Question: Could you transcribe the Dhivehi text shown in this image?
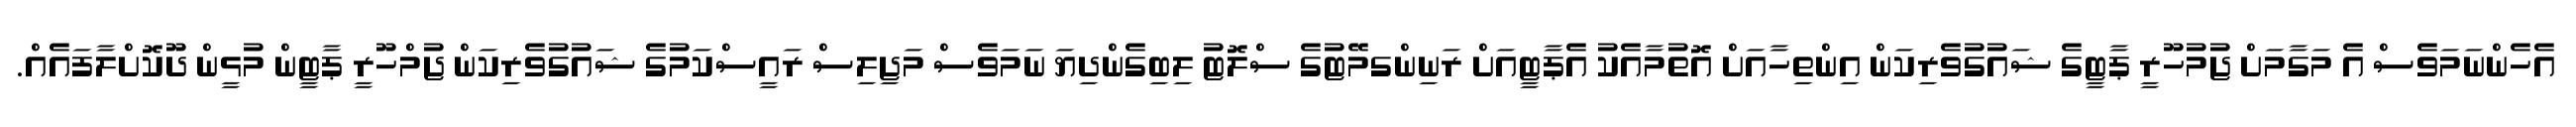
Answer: އެހެންނަމަވެސް އެ މަގާމަށް ޖުމުހޫރީ ޕާޓީގެ ޝައުގުވެރިކަން އިންތިހާއަށް އޮތުމާއެކު އެޕާޓީއަށް ރަނިންގމޭޓުގެ ސްލޮޓު ލިބިގެންދިޔަ ނަމަވެސް މަޖިލިސް ރައީސްކަމުގެ ޝައުގުވެރިކަން ޖުމްހޫރީ ޕާޓީން މުޅީން ދޫކޮށްލާފައެއް.